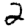
Digit: 2